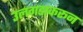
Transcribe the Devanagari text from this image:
उलगडाकरून